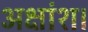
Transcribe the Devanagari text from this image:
अक्षांश।